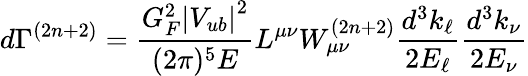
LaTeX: d\Gamma^{(2n+2)}=\frac{G_{F}^{2}\left|V_{ub}\right|^{2}}{(2\pi)^{5}E}L^{\mu\nu}W_{\mu\nu}^{(2n+2)}\frac{d^{3}k_{\ell}}{2E_{\ell}}\frac{d^{3}k_{\nu}}{2E_{\nu}}